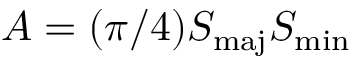
A = ( \pi / 4 ) S _ { \mathrm { m a j } } S _ { \mathrm { m i n } }